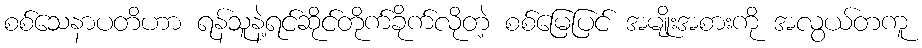
စစ်သေနာပတိဟာ ရန်သူနဲ့ရင်ဆိုင်တိုက်ခိုက်လိုတဲ့ စစ်မြေပြင် အမျိုးအစားကို အလွယ်တကူ